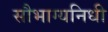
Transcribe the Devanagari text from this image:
सौभाग्यनिधी